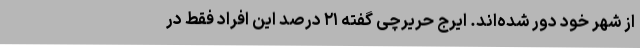
از شهر خود دور شده‌اند. ایرج حریرچی گفته ۲۱ درصد این افراد فقط در